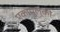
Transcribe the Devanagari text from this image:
एकापुल्को